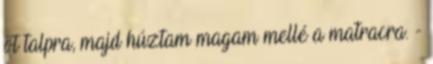
őt talpra, majd húztam magam mellé a matracra. -